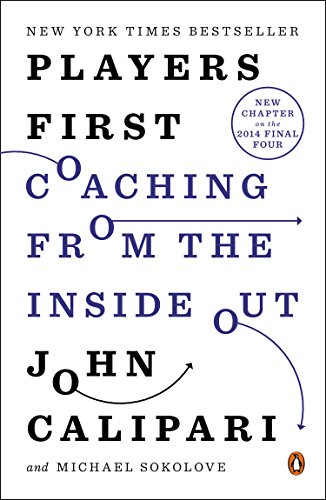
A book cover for Players First: Coaching from the Inside Out; John Calipari; Biographies & Memoirs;